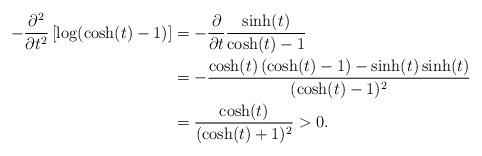
LaTeX: \begin{align*}-\frac{\partial^2}{\partial t^2} \left[\log(\cosh(t)-1) \right]& = - \frac{\partial}{\partial t} \frac{\sinh(t)}{\cosh(t)-1}\\& = - \frac{\cosh(t)\,(\cosh(t)-1) - \sinh(t)\sinh(t)}{(\cosh(t)-1)^2}\\& = \frac{\cosh(t)}{(\cosh(t)+1)^2} > 0.\end{align*}